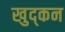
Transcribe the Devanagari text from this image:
खुद्कन